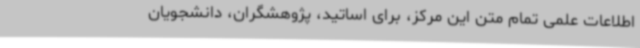
اطلاعات علمی تمام متن این مرکز، برای اساتید، پژوهشگران، دانشجویان